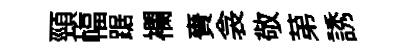
頸幅踞襴賚衾敬苐誘